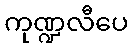
ကုဏ္ဍလီပေ